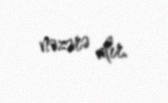
nəzərə alır.